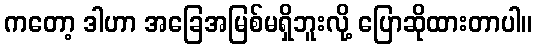
ကတော့ ဒါဟာ အခြေအမြစ်မရှိဘူးလို့ ပြောဆိုထားတာပါ။